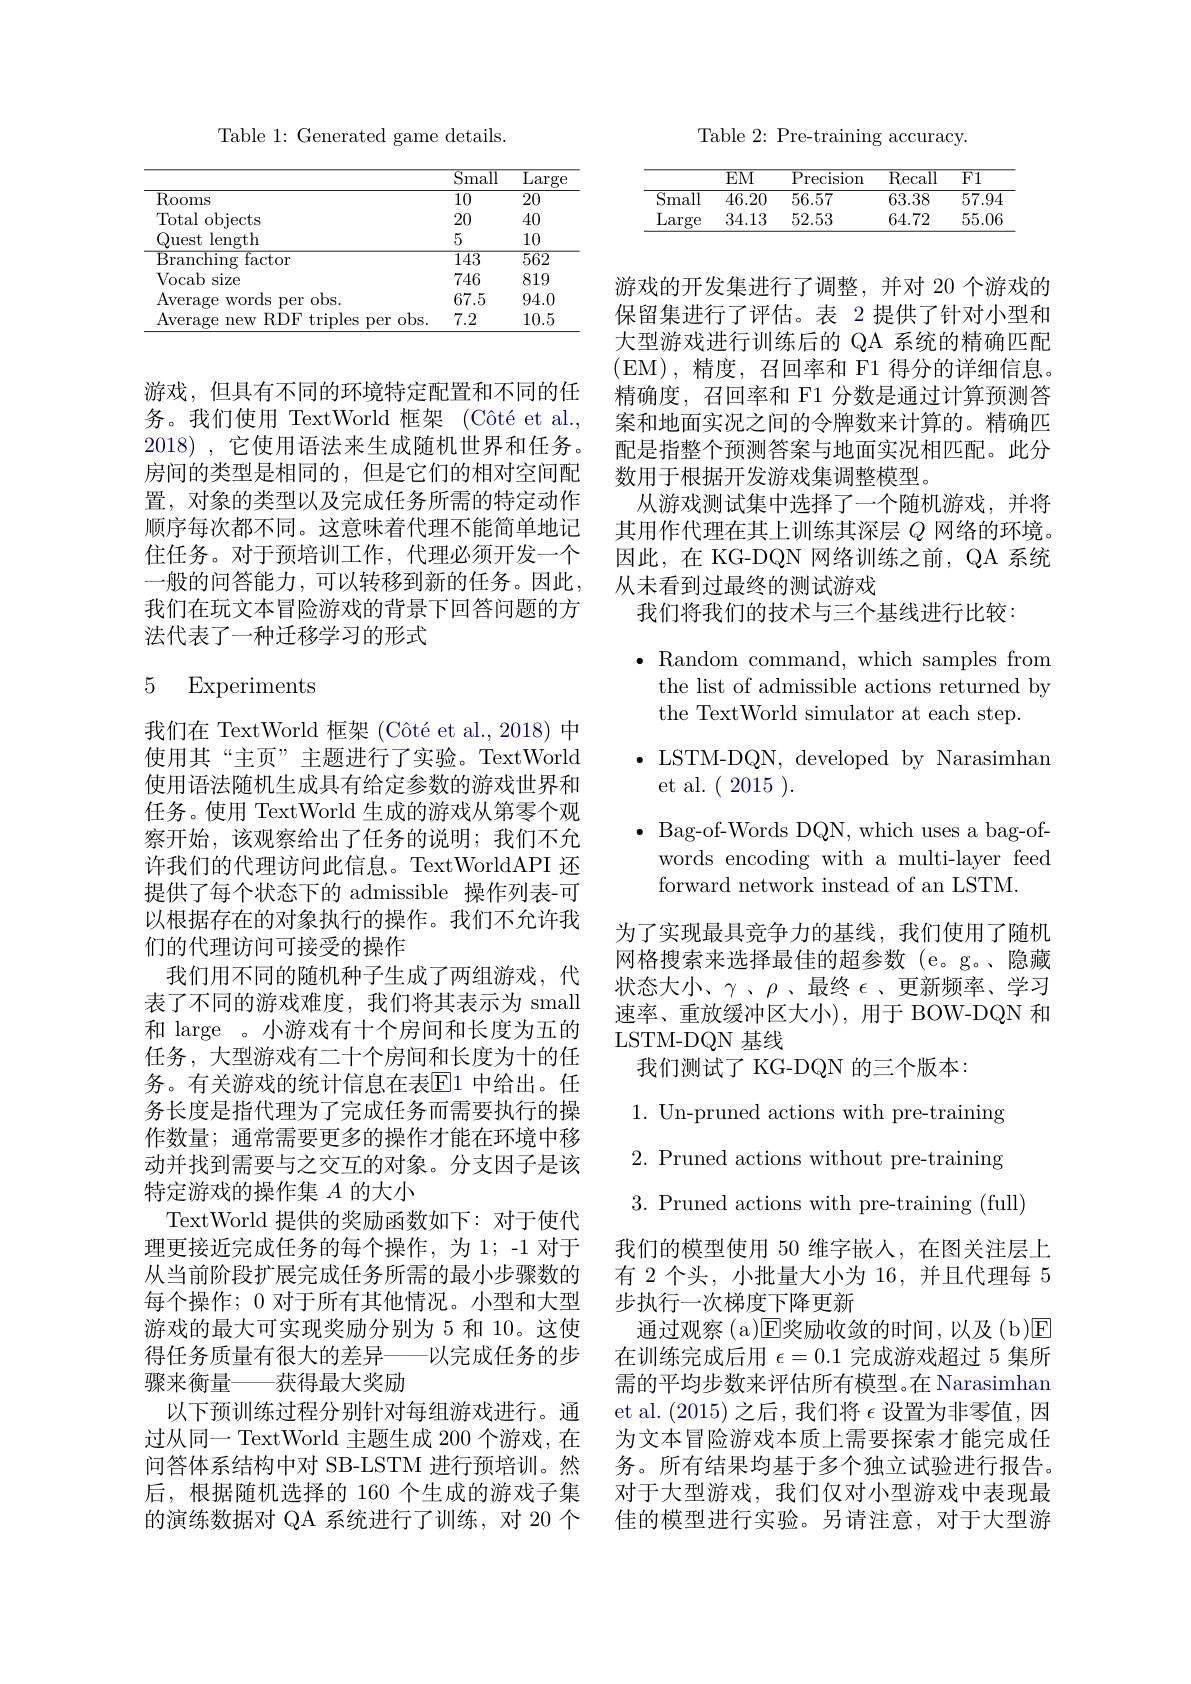
Table 1: Generated game details.

<table>
	<tbody>
		<tr>
			<th> </th>
			<th>$\overline{\mathrm{Small}}$</th>
			<th>$\overline{\mathrm{Lar}}$</th>
		</tr>
		<tr>
			<td>$\overline{\mathrm{Rooms}}$</td>
			<td>10</td>
			<td>$\overline{20}$</td>
		</tr>
		<tr>
			<td>Total objects</td>
			<td>20</td>
			<td>40</td>
		</tr>
		<tr>
			<td>Quest length</td>
			<td>5</td>
			<td>10</td>
		</tr>
		<tr>
			<td>$\overline{{\mathrm{Branching~factor}}}$</td>
			<td>$\overline{143}$</td>
			<td>$\overline{562}$</td>
		</tr>
		<tr>
			<td>Vocab size 2.5</td>
			<td>746</td>
			<td>819</td>
		</tr>
		<tr>
			<td>Average words per obs.</td>
			<td>67.5</td>
			<td>94.0</td>
		</tr>
		<tr>
			<td>Average new RDF triples per obs.</td>
			<td>7.2</td>
			<td>10.5</td>
		</tr>
	</tbody>
</table>

游戏，但具有不同的环境特定配置和不同的任务。我们使用 TextWorld 框架 (Côté et al., 2018), 它使用语法来生成随机世界和任务。房间的类型是相同的，但是它们的相对空间配置，对象的类型以及完成任务所需的特定动作顺序每次都不同。这意味着代理不能简单地记住任务。对于预培训工作，代理必须开发一个一般的问答能力，可以转移到新的任务。因此我们在玩文本冒险游戏的背景下回答问题的方法代表了一种迁移学习的形式

### 5 Experiments

我们在 TextWorld 框架 (Côté et al., 2018) 中使用其“主页”主题进行了实验。TextWorld 使用语法随机生成具有给定参数的游戏世界和任务。使用 TextWorld 生成的游戏从第零个观察开始，该观察给出了任务的说明；我们不允许我们的代理访问此信息。TextWorldAPI 还提供了每个状态下的 admissible 操作列表-可以根据存在的对象执行的操作。我们不允许我们的代理访问可接受的操作
我们用不同的随机种子生成了两组游戏，代表了不同的游戏难度，我们将其表示为 small 和 large 。小游戏有十个房间和长度为五的任务，大型游戏有二十个房间和长度为十的任务。有关游戏的统计信息在表$\overline{\mathrm{E}}$1 中给出。任务长度是指代理为了完成任务而需要执行的操作数量；通常需要更多的操作才能在环境中移动并找到需要与之交互的对象。分支因子是该特定游戏的操作集$A$的大小
TextWorld 提供的奖励函数如下：对于使代理更接近完成任务的每个操作，为1；-1 对于从当前阶段扩展完成任务所需的最小步骤数的每个操作；0 对于所有其他情况。小型和大型游戏的最大可实现奖励分别为 5 和 10。这使得任务质量有很大的差异—以完成任务的步骤来衡量——获得最大奖励
以下预训练过程分别针对每组游戏进行。通过从同一 TextWorld 主题生成 200 个游戏，在问答体系结构中对 SB-LSTM 进行预培训。然后，根据随机选择的 160 个生成的游戏子集的演练数据对 QA 系统进行了训练，对 20 个

Table 2: Pre-training accuracy.

<table>
	<tbody>
		<tr>
			<th> </th>
			<th>$EM$</th>
			<th>${\mathrm{Precision}}$</th>
			<th>${\mathrm{Recall}}$</th>
			<th>$F1$</th>
		</tr>
		<tr>
			<td>$\overline{\mathrm{Small}}$</td>
			<td>46.20</td>
			<td>56.57</td>
			<td>63.38</td>
			<td>$\overline{57.94}$</td>
		</tr>
		<tr>
			<td>Lar rge</td>
			<td>34.13</td>
			<td>52.53</td>
			<td>64.72</td>
			<td>55.06</td>
		</tr>
	</tbody>
</table>

游戏的开发集进行了调整，并对 20 个游戏的保留集进行了评估。表 2 提供了针对小型和大型游戏进行训练后的 QA 系统的精确匹配(EM),精度，召回率和 F1 得分的详细信息。精确度，召回率和 F1 分数是通过计算预测答案和地面实况之间的令牌数来计算的。精确匹配是指整个预测答案与地面实况相匹配。此分数用于根据开发游戏集调整模型。
从游戏测试集中选择了一个随机游戏，并将其用作代理在其上训练其深层$Q$网络的环境。因此，在 KG-DQN 网络训练之前，QA 系统从未看到过最终的测试游戏
我们将我们的技术与三个基线进行比较：

$\bullet$Random command, which samples from the list of admissible actions returned by the TextWorld simulator at each step.
$\bullet$ LSTM-DQN, developed by Narasimhan
et al.(2015).
$\bullet$ Bag-of-Words DQN, which uses a bag-of-
words encoding with a multi-layer feed
forward network instead of an LSTM.

为了实现最具竞争力的基线，我们使用了随机网格搜索来选择最佳的超参数 (e。g。、隐藏状态大小、$\gamma$、$\rho$、最终$\epsilon$、更新频率、学习速率、重放缓冲区大小), 用于 BOW-DQN 和LSTM-DQN 基线
我们测试了 KG-DQN 的三个版本：
1. Un-pruned actions with pre-training 2. Pruned actions without pre-training 3. Pruned actions with pre-training (full)
我们的模型使用 50 维字嵌人，在图关注层上有 2 个头，小批量大小为 16, 并且代理每 5步执行一次梯度下降更新
通过观察(a)E奖励收敛的时间，以及(b)☑ 在训练完成后用$\epsilon=0.1$完成游戏超过 5 集所需的平均步数来评估所有模型。在 Narasimhan et al. (2015)之后，我们将$\epsilon$设置为非零值，因为文本冒险游戏本质上需要探索才能完成任务。所有结果均基于多个独立试验进行报告。对于大型游戏，我们仅对小型游戏中表现最佳的模型进行实验。另请注意，对于大型游